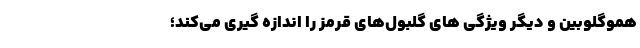
هموگلوبین و دیگر ویژگی‌ های گلبول‌های قرمز را اندازه‌ گیری می‌کند؛